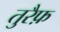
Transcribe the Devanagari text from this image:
तुरैफ़